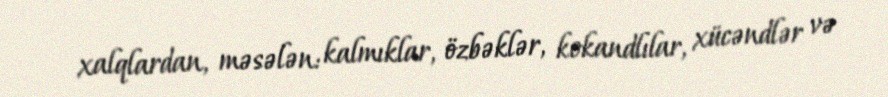
xalqlardan, məsələn: kalmıklar, özbəklər, kokandlılar, xücəndlər və